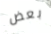
بعض